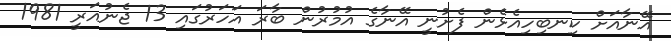
އޭނާއަށް ކިނބިހިއެޅެން ފެށުނީ އޭނާގެ އުމުރުން ބާރަ އަހަރުގައި 13 ޖެނުއަރީ 1981